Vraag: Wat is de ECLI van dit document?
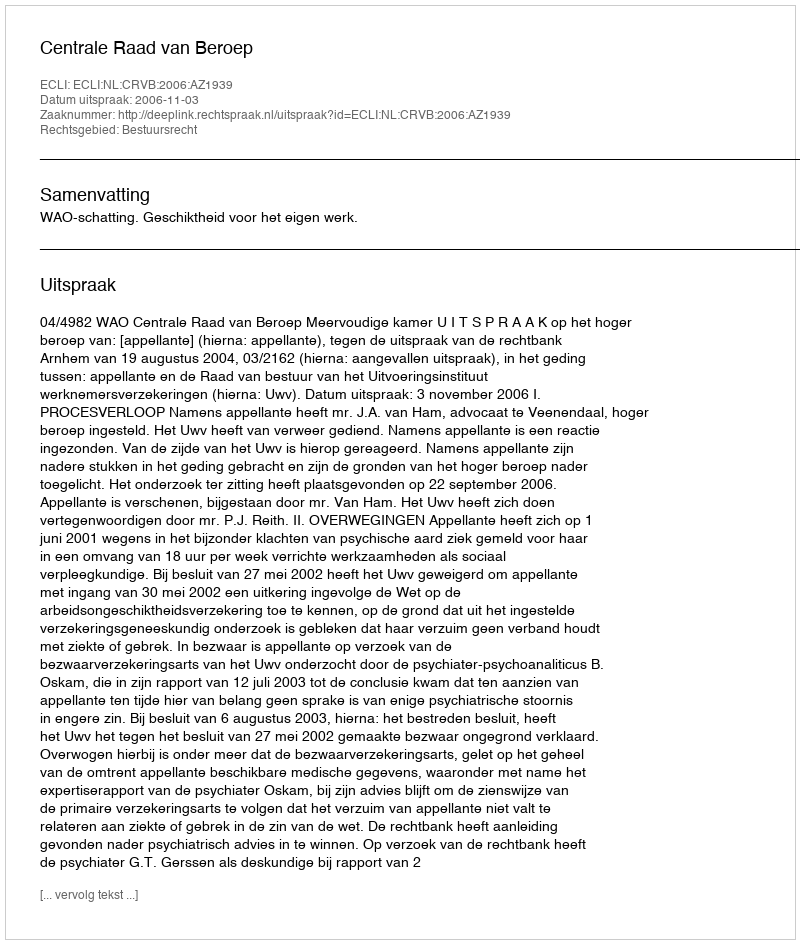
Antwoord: ECLI:NL:CRVB:2006:AZ1939